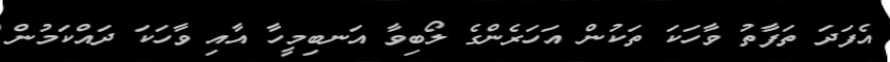
އެފަދަ ތަފާތު ވާހަކަ ތަކުން އަހަރެންގެ ލޯބިވާ އަނބިމީހާ އާއި ވާހަކަ ދައްކަމުން